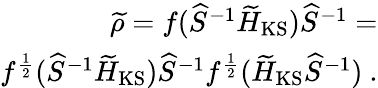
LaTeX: \begin{array}{r}{\widetilde\rho=f(\widehat{S}^{-1}\widetilde{H}_{\mathrm{KS}})\widehat{S}^{-1}=}\\ {f^{\frac{1}{2}}(\widehat{S}^{-1}\widetilde{H}_{\mathrm{KS}})\widehat{S}^{-1}f^{\frac{1}{2}}(\widetilde{H}_{\mathrm{KS}}\widehat{S}^{-1})~.}\end{array}